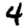
Digit: 4